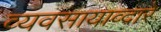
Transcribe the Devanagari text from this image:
व्यवसायाव्दारे